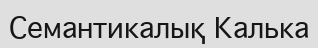
Семантикалық Калька